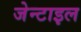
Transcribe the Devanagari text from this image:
जेन्टाइल